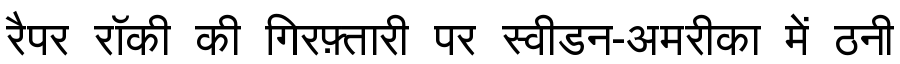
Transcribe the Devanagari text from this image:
रैपर रॉकी की गिरफ़्तारी पर स्वीडन-अमरीका में ठनी